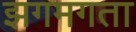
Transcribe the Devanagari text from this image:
झगमगता